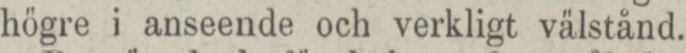
högre i anseende och verkligt välstånd.